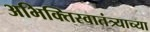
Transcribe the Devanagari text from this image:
अभिक्तिस्वातंत्र्याच्या